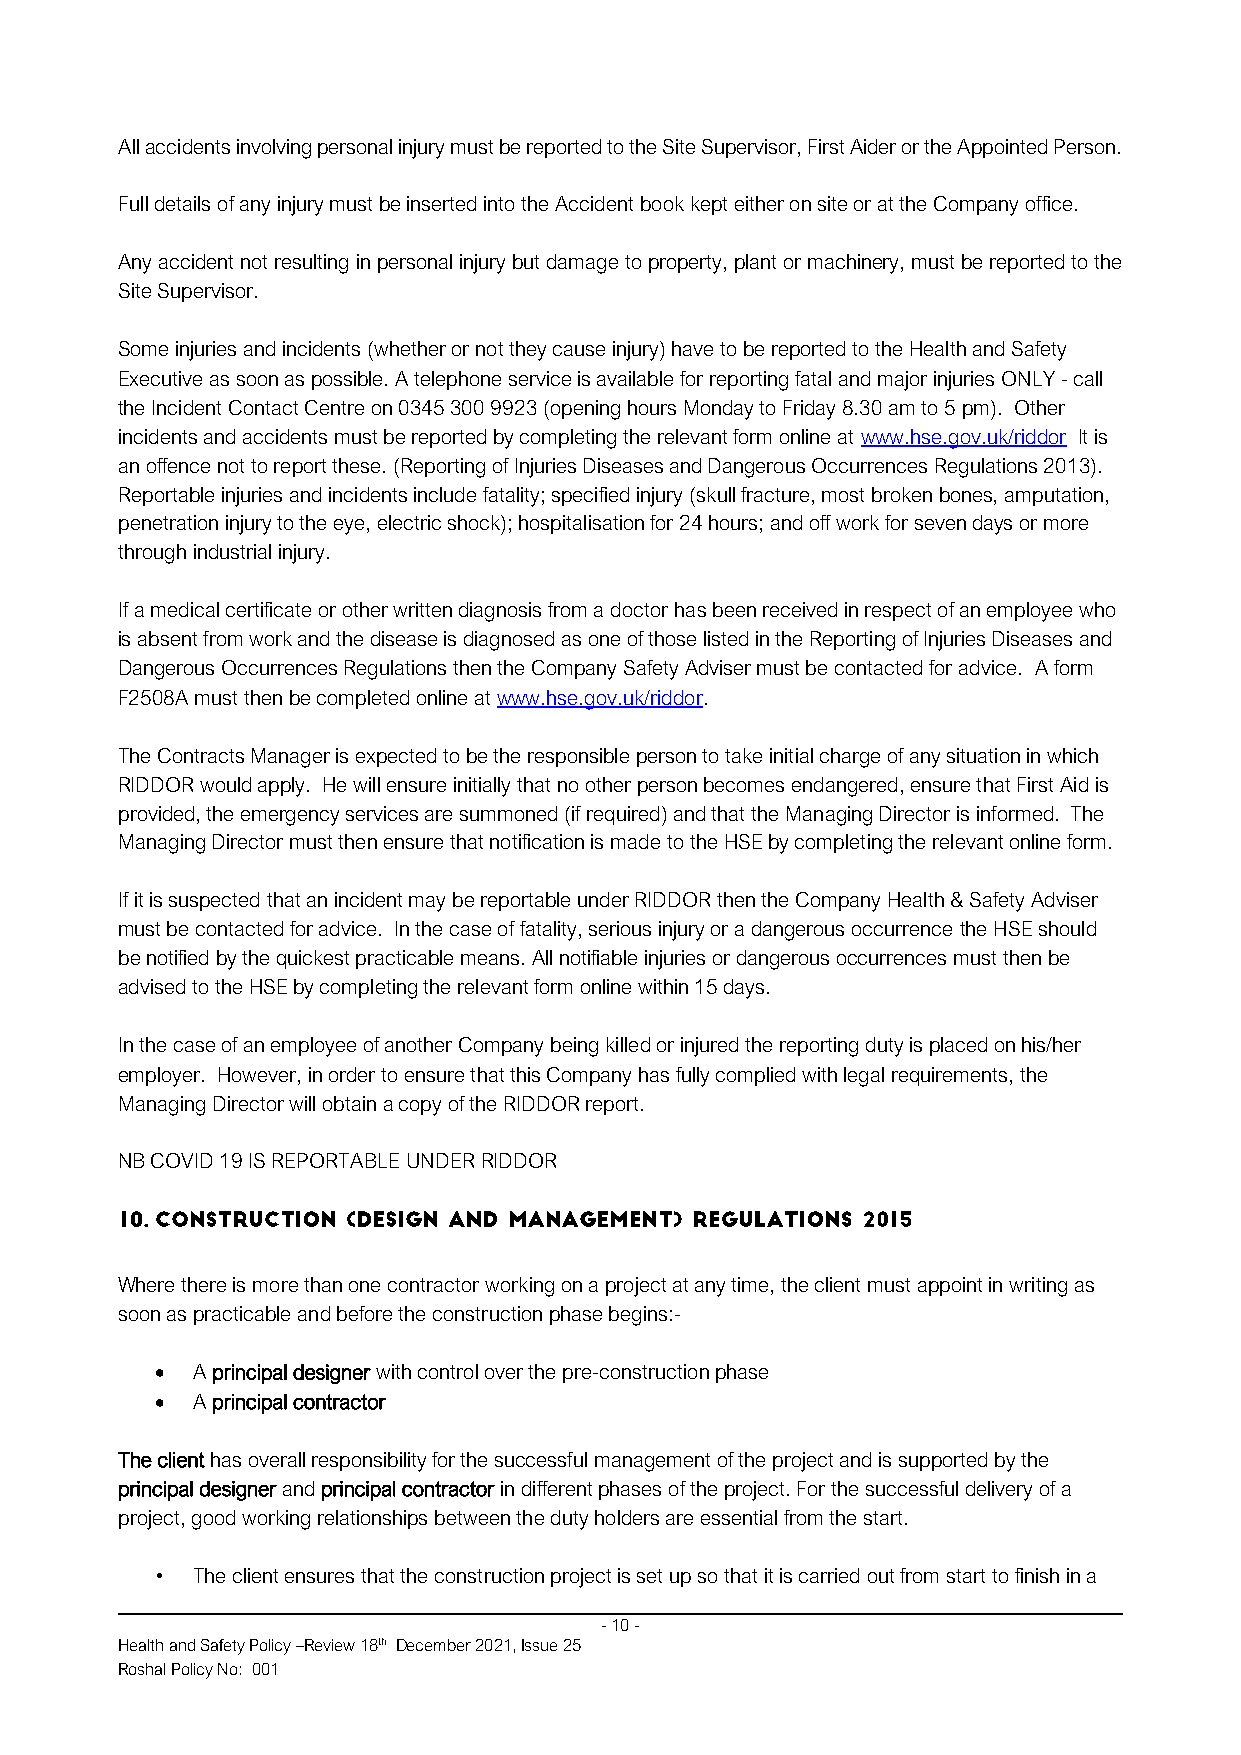
All accidents involving personal injury must be reported to the Site Supervisor, First Aider or the Appointed Person.
 Full details of any injury must be inserted into the Accident book kept either on site or at the Company office.
 Any accident not resulting in personal injury but damage to property, plant or machinery, must be reported to the
 Site Supervisor.
 Some injuries and incidents (whether or not they cause injury) have to be reported to the Health and Safety
 Executive as soon as possible. A telephone service is available for reporting fatal and major injuries ONLY - call
 the Incident Contact Centre on 0345 300 9923 (opening hours Monday to Friday 8.30 am to 5 pm). Other
 incidents and accidents must be reported by completing the relevant form online at www.hse.gov.uk/riddor It is
 an offence not to report these. (Reporting of Injuries Diseases and Dangerous Occurrences Regulations 2013).
 Reportable injuries and incidents include fatality; specified injury (skull fracture, most broken bones, amputation,
 penetration injury to the eye, electric shock); hospitalisation for 24 hours; and off work for seven days or more
 through industrial injury.
 If a medical certificate or other written diagnosis from a doctor has been received in respect of an employee who
 is absent from work and the disease is diagnosed as one of those listed in the Reporting of Injuries Diseases and
 Dangerous Occurrences Regulations then the Company Safety Adviser must be contacted for advice. A form
 F2508A must then be completed online at www.hse.gov.uk/riddor.
 The Contracts Manager is expected to be the responsible person to take initial charge of any situation in which
 RIDDOR would apply. He will ensure initially that no other person becomes endangered, ensure that First Aid is
 provided, the emergency services are summoned (if required) and that the Managing Director is informed. The
 Managing Director must then ensure that notification is made to the HSE by completing the relevant online form.
 If it is suspected that an incident may be reportable under RIDDOR then the Company Health & Safety Adviser
 must be contacted for advice. In the case of fatality, serious injury or a dangerous occurrence the HSE should
 be notified by the quickest practicable means. All notifiable injuries or dangerous occurrences must then be
 advised to the HSE by completing the relevant form online within 15 days.
 In the case of an employee of another Company being killed or injured the reporting duty is placed on his/her
 employer. However, in order to ensure that this Company has fully complied with legal requirements, the
 Managing Director will obtain a copy of the RIDDOR report.
 NB COVID 19 IS REPORTABLE UNDER RIDDOR
 Where there is more than one contractor working on a project at any time, the client must appoint in writing as
 soon as practicable and before the construction phase begins:-
 •  A principal designer with control over the pre-construction phase
 •  A principal contractor
 The client has overall responsibility for the successful management of the project and is supported by the
 principal designer and principal contractor in different phases of the project. For the successful delivery of a
 project, good working relationships between the duty holders are essential from the start.
 •  The client ensures that the construction project is set up so that it is carried out from start to finish in a
 - 10 -
 Health and Safety Policy –Review 18th December 2021, Issue 25
 Roshal Policy No: 001